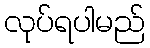
လုပ်ရပါမည်